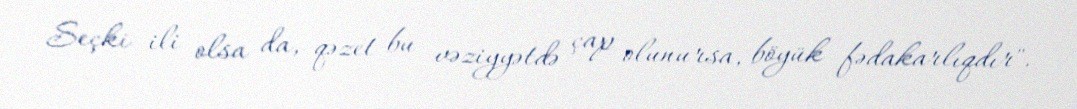
Seçki ili olsa da, qəzet bu vəziyyətdə çap olunursa, böyük fədakarlıqdır".